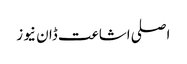
اصلی اشاعت ڈان نیوز